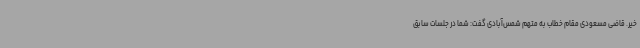
خیر. قاضی مسعودی مقام خطاب به متهم شمس‌آبادی گفت: شما در جلسات سابق